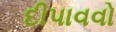
દીપાવવો